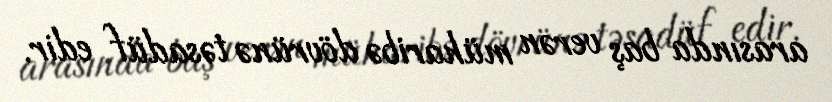
arasında baş verən müharibə dövrünə təsadüf edir.